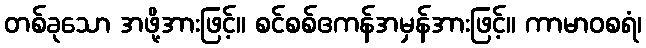
တစ်ခုသော အဖို့အားဖြင့်။ စင်စစ်ဧကန်အမှန်အားဖြင့်။ ကာမာဝစရံ၊